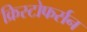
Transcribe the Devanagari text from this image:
क्रिस्टोफर्सन